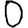
Digit: 0